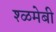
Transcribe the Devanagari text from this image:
श्ळमेबी